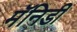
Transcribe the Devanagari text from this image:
मॅनिडी